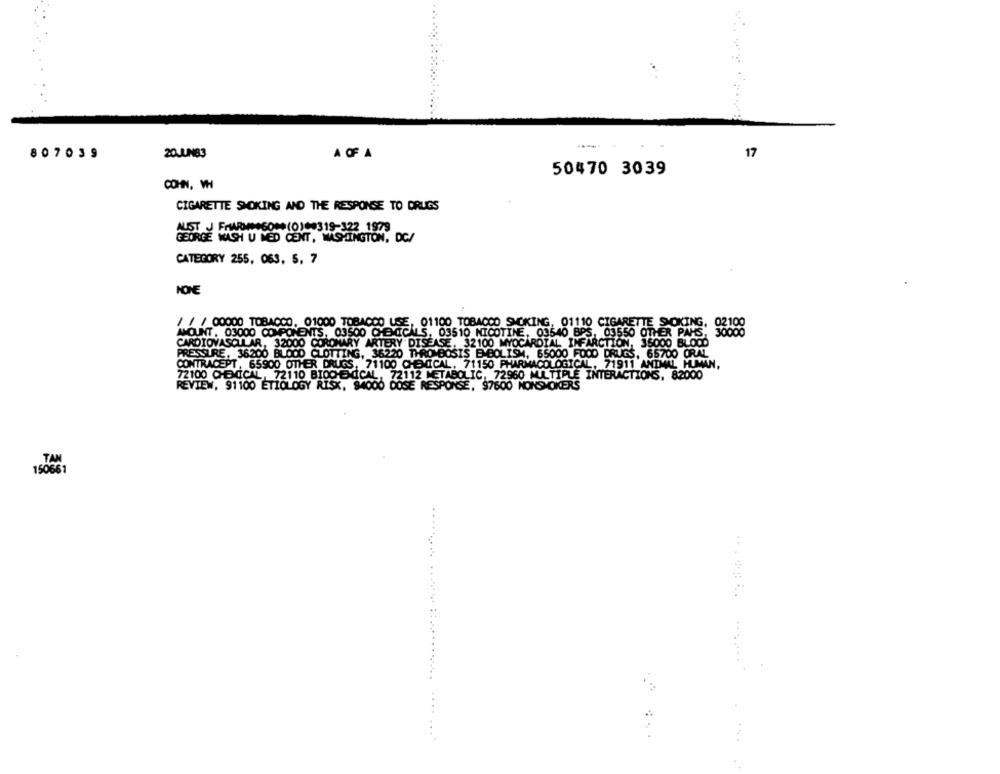
--.
807039
20JUIN83
A OF A
17
50470 3039
COHN, W
CIGARETTE SMOKING AND THE RESPONSE TO DRUGS
AUST J FARMANSON (0)29319-122 1979
ORGE WASH U MED CENT, WASHINGTON, DC/
CATEGORY 255, 063. 5, 7
NONE
/ / / 00000 TOBACCO, 01000 TOBACCO USE, 01100 TOBACCO SMOKING, 01110 CIGARETTE SMOKING, 02100
AMOUNT . 03000 COMPONENTS, 03500 CHEMICALS
AMOUNT . 03000 COMPONENTS, 03500 CHEMICALS, 03510 NICOTINE, 03540 BPS, 03550 OTHER PAHS,
30
CARDIOVASCULAR, 32000 CORONARY ARTERY DISEASE, 32100 MYOCARDIAL INFARCTION, 35000 BLOOD
PRESSURE, 36200 BLOOD CLOTTING, 36220 THROMBOSIS B BOLISM, 65000 FOOD DRUGS, 65700 ORAL
CONTRACEPT, 65900 OTHER DRUGS, 71100 CHEMICAL, 71150 PHARMACOLOGICAL, 71911 ANIMAL HUMAN.
72100 CHEMICAL, 72110 BIOCHEMICAL, 72112 METABOLIC, 72960 MULTIPLE INTERACTIONS, 82000
REVIEW. 91100 ETIOLOGY RISK, 94000
DOSE RESPONS
97600 NONSMOKERS
TAN
150661
....